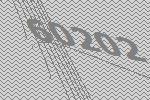
60202